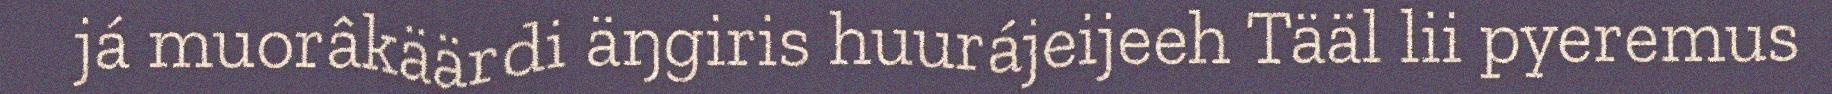
já muorâkäärdi äŋgiris huurájeijeeh Tääl lii pyeremus